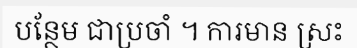
បន្ថែម ជាប្រចាំ ។ ការមាន ស្រះ